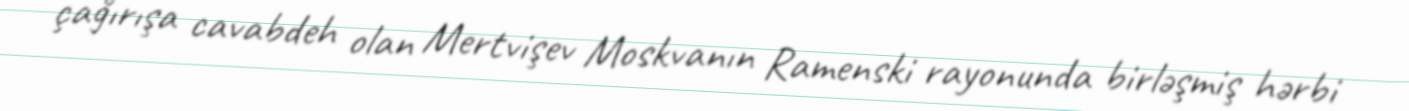
çağırışa cavabdeh olan Mertvişev Moskvanın Ramenski rayonunda birləşmiş hərbi